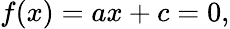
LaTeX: f(x)=ax+c=0,